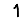
Digit: 1